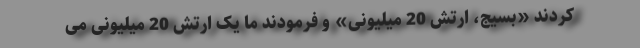
کردند «بسیج، ارتش 20 میلیونی» و فرمودند ما یک ارتش 20 میلیونی می‌